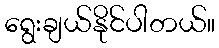
ရွေးချယ်နိုင်ပါတယ်။